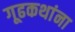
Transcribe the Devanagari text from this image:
गूढकथांना